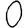
Digit: 0